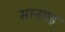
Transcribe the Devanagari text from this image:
सानुग्रह